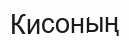
Кисоның